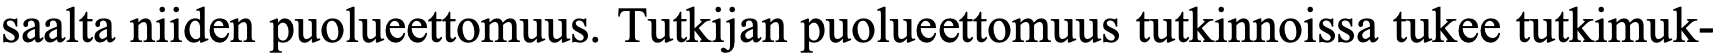
saalta niiden puolueettomuus. Tutkijan puolueettomuus tutkinnoissa tukee tutkimuk-